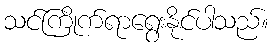
သင်ကြိုက်ရာရွေးနိုင်ပါသည်။